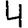
Digit: 4